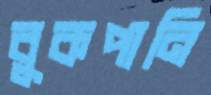
বুকপানি